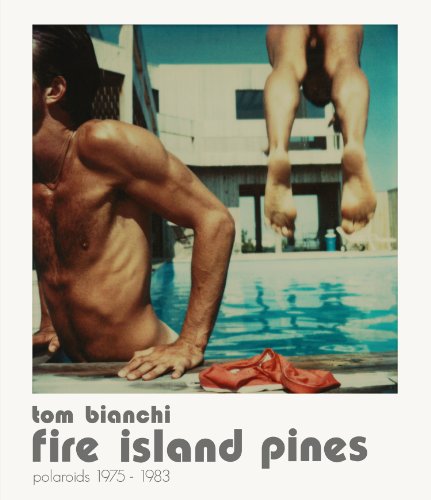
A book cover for Tom Bianchi: Fire Island Pines, Polaroids 1975-1983; Arts & Photography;